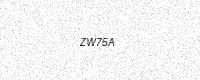
Text: ZW75A